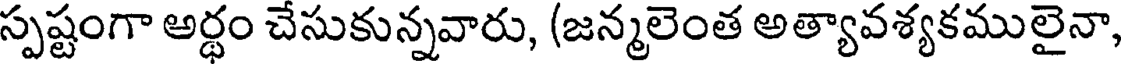
స్పష్టంగా అర్థం చేసుకున్నవారు, (జన్మలెంత అత్యావశ్యకములైనా,